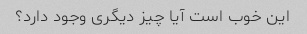
این خوب است آیا چیز دیگری وجود دارد؟